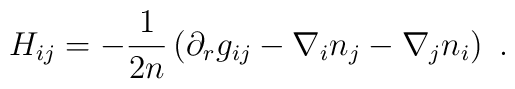
H_{ij} = - \frac1{2n} \left(\partial_r g_{ij} -  \nabla_i n_j - \nabla_j n_i \right)~.